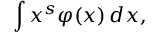
\int x ^ { s } \varphi ( x ) \, d x ,